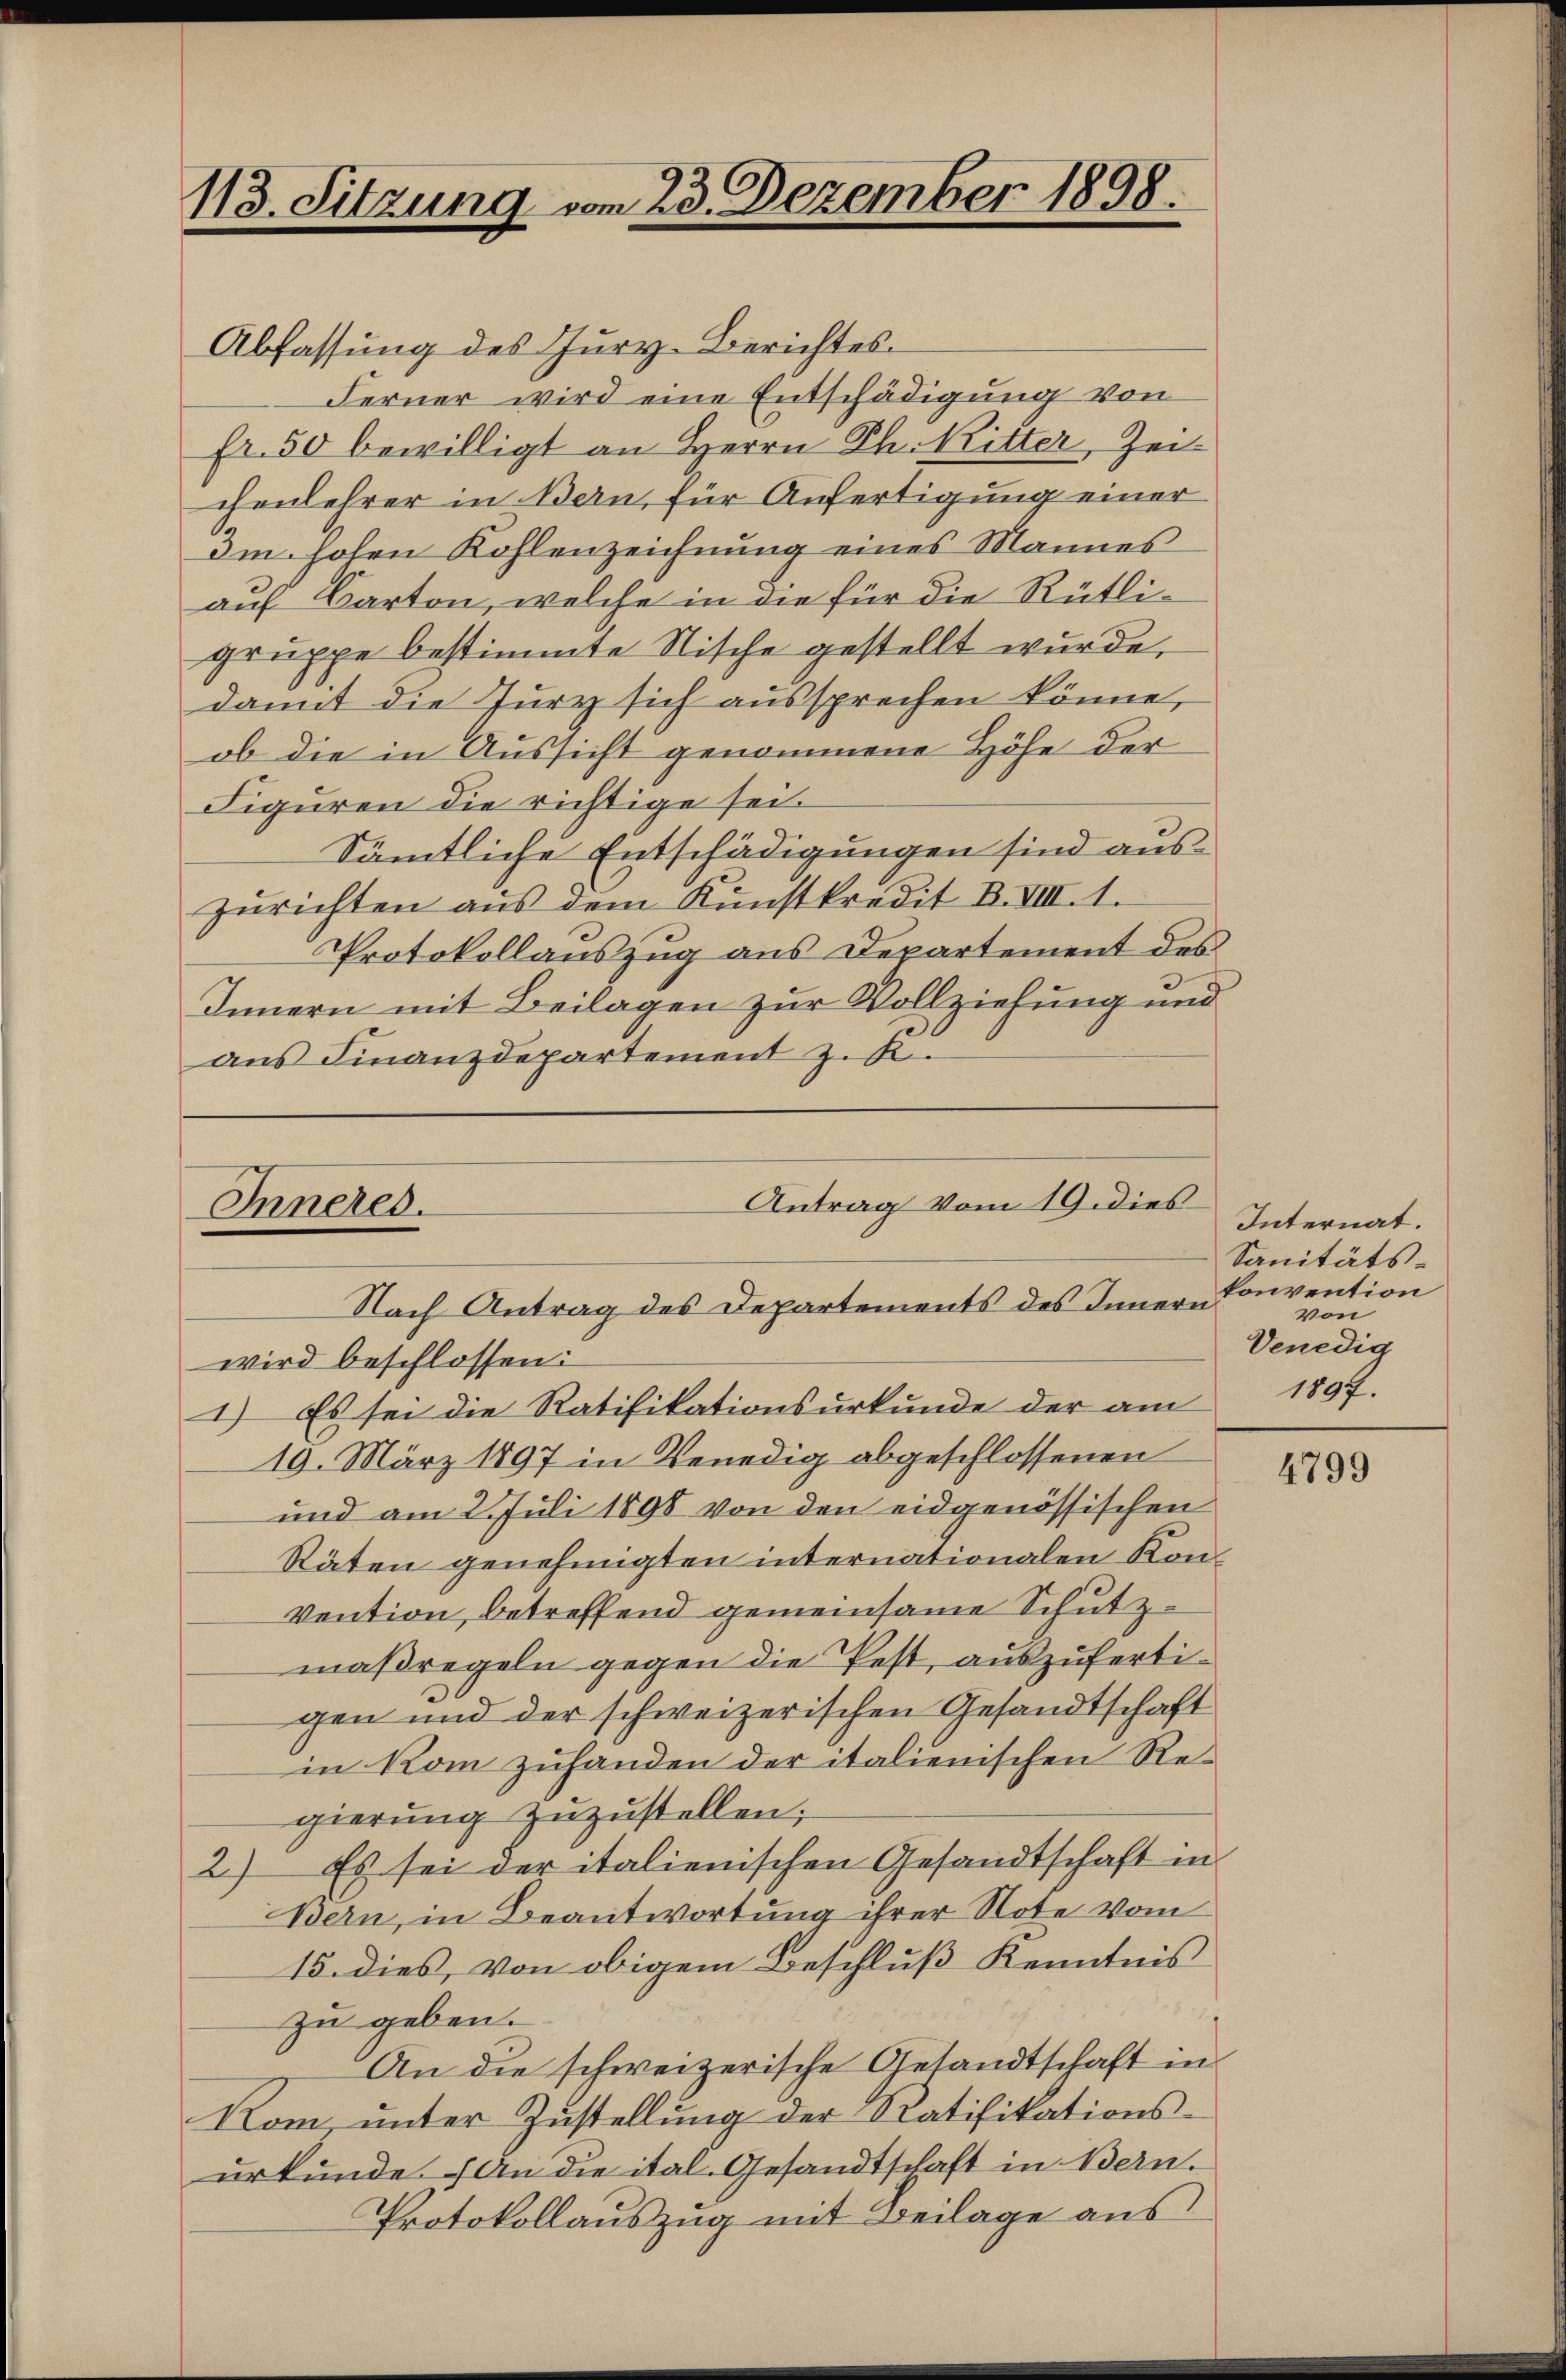
113. Sitzung vom 23. Dezember 1898.

Abfassung des Jury-Berichtes.
Ferner wird eine Entschädigung von
fr. 50 bewilligt an Herrn Ph. Ritter, Zeichenlehrer in Bern, für Anfertigung einer
Im hohen Kohlenzeichnung eines Mannes
auf Barton, welche in die für die Rütligruppe bestimmte Nische gestellt wurde.
damit die Jury sich aŭssprechen könne,
ob die in Aussicht genommene Höhe der
Figuren die richtige sei.
Sämtliche Entschädigungen sind auszŭrichten aŭs dem Kunstkredit B. VIII. 1.
Protokollauszug aus Departement des
Innern mit Beilagen zur Vollziehung und
aus Finanzdepartement z. K.

Antrag vom 19. dies
Inneres.
Nach Antrag des Departements des Inner-Convention

wird beschlossen:
1.) Es sei die Ratifikationsurkunde der am 1897.
19. März 1897 in Venedig abgeschlossenen
und am 2. Juli 1898 von den eidgenössischen
Räten genehmigten internationalen Kon¬
Vention, betreffend gemeinsame Schutzmaßregeln gegen die Pest, auszufertigen und der schweizerischen Gesandtschaft
in kom zuhanden der italienischen Regierung zuzustellen;
2) Es sei der italienischen Gesandtschaft in
Bern, in Beantwortung ihrer Note vom
15. dies, von obigem Beschluß Kenntnis
zu geben.
An die schweizerische Gesandtschaft in
Kom, unter Zustellung der Ratifikationsurkunde. An die ital. Gesandtschaft in Bern.
Protokollauszug mit Beilage aus

Internat.
Sanitäts-
von
Venedig

4799